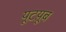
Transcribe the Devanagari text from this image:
यूटय़ूब